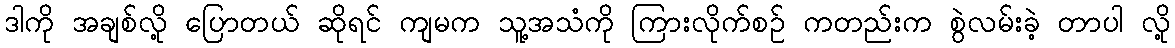
ဒါကို အချစ်လို့ ပြောတယ် ဆိုရင် ကျမက သူ့အသံကို ကြားလိုက်စဉ် ကတည်းက စွဲလမ်းခဲ့ တာပါ လို့